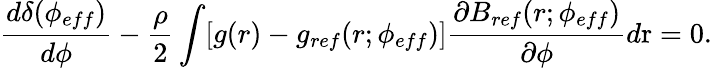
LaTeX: \frac{d\delta(\phi_{eff})}{d\phi}-\frac{\rho}{2}\int[g(r)-g_{ref}(r;\phi_{eff})]\frac{\partial B_{ref}(r;\phi_{eff})}{\partial\phi}d\mathrm{r}=0.